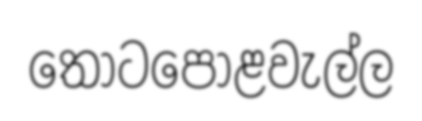
තොටපොළවැල්ල